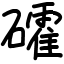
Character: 礭